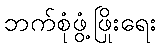
ဘက်စုံဖွံ့ဖြိုးရေး